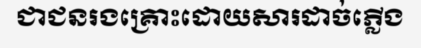
ជាជនរងគ្រោះដោយសារដាច់ភ្លើង